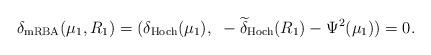
LaTeX: \begin{align*}\delta_\mathrm{mRBA} (\mu_1, R_1) = ( \delta_\mathrm{Hoch} (\mu_1), ~ - \widetilde{\delta}_\mathrm{Hoch} (R_1) - \Psi^2 (\mu_1)) = 0.\end{align*}